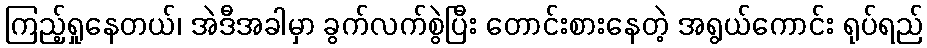
ကြည့်ရှုနေတယ်၊ အဲဒီအခါမှာ ခွက်လက်စွဲပြီး တောင်းစားနေတဲ့ အရွယ်ကောင်း ရုပ်ရည်